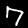
Label: 7